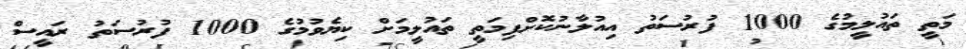
މަތީ ތައުލީމުގެ 1000 ފުރުސަތު އިއުލާނުކޮށްފިމަތީ ތައުލީމަށް ކިޔެވުމުގެ 1000 ފުރުސަތު ރައީސް